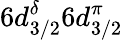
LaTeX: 6d_{3/2}^{\delta}6d_{3/2}^{\pi}